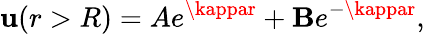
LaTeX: \mathbf{u}(r>R)=Ae^{\kappar}+\mathbf{B}e^{-\kappar},